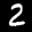
Label: 2